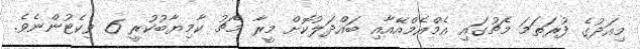
މިއަދުގެ ފުރަތަމަ މެޗުގައި އެމްއެމްއޭއާއި ބައްދަލުކޮށް މީރާ މެޗު ކާމިޔާބުކުރީ 6 ވިކެޓުންނެވެ.